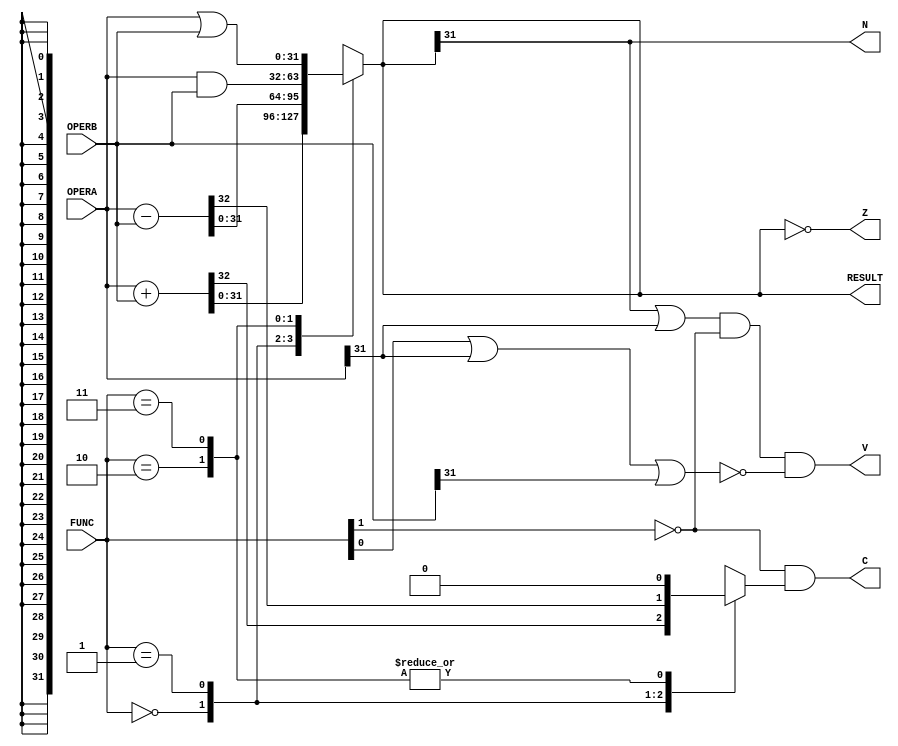
`timescale 1ns / 1ps
module ALU(
    output reg signed [31:0] RESULT,
    output reg N,
    output reg Z,
    output reg V,
    output reg C,
    input signed [31:0] OPERA,
    input signed [31:0] OPERB,
    input [1:0] FUNC
    );

	reg Carry;

	always @ (*) begin
		Carry = 1'b0;
		case (FUNC)
			2'b00: {Carry,RESULT} = OPERA + OPERB;
			2'b01: {Carry,RESULT} = OPERA - OPERB;
			2'b10: RESULT = OPERA & OPERB;
			2'b11: RESULT = OPERA | OPERB;
			default: RESULT = 32'b0;
		endcase
		
		N = RESULT[31];
		Z = (RESULT == 0);
		C = ~FUNC[1] & Carry;
		V = (RESULT[31] | OPERA[31]) & ~FUNC[1] & ~(FUNC[0] | OPERA[31] | OPERB[31]);
		
	end

endmodule